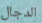
الدجال